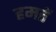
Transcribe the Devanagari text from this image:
हमतें